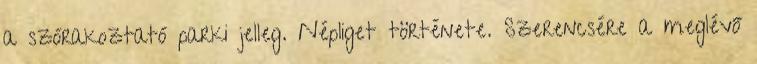
a szórakoztató parki jelleg. Népliget története. Szerencsére a meglévő